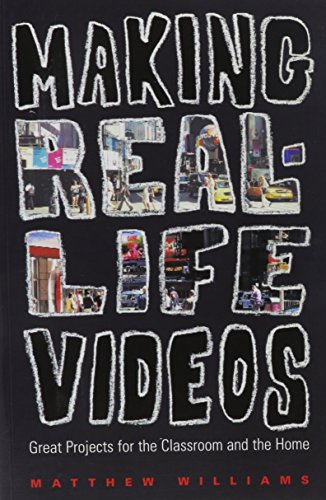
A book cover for Making Real-Life Videos; Matthew Williams; Humor & Entertainment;